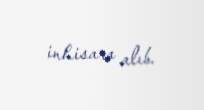
inhisara alıb.